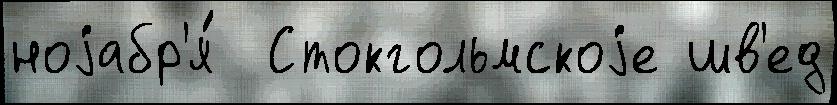
ноjабр'я́  Стокгольмскоjе шв'ед